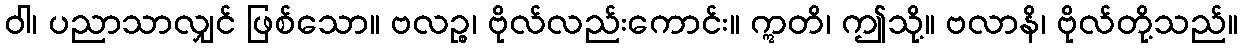
ဝါ၊ ပညာသာလျှင် ဖြစ်သော။ ဗလဉ္စ၊ ဗိုလ်လည်းကောင်း။ ဣတိ၊ ဤသို့။ ဗလာနိ၊ ဗိုလ်တို့သည်။